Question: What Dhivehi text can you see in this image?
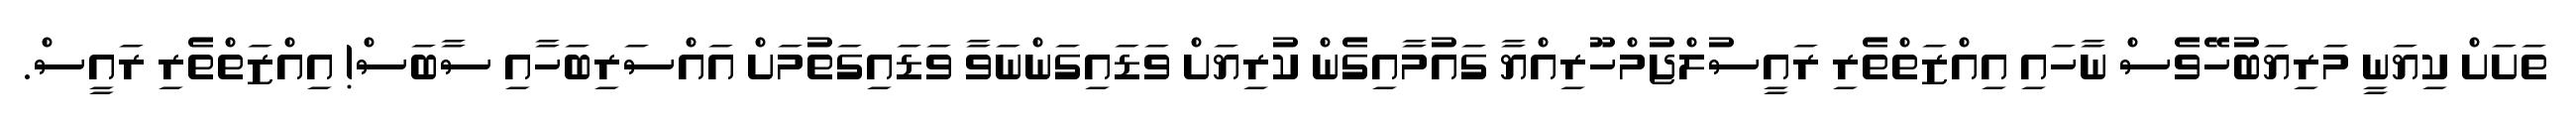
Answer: ތަށަށް ކިޔަނީ މަރިޔަބުހޭވެސް ނާހައި އިއްޒަތްތެރި ރައީސުލްޖުމްހޫރިއްޔާ ގައުމާއިގެން ކުރިޔަށް ވަޑައިގަންނަވާ ވަޑައިގަތުމަށް އައްސަރިބަހާއި ސާބަސް! އިއްޒަތްތެރި ރައީސް.